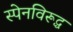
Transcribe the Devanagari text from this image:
स्पेनविरूद्ध